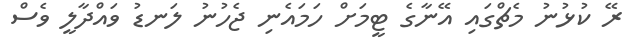
ރޭ ކުޅުނު މެޗްގައި އޭނާގެ ޓީމަށް ހަމައެނި ޖެހުނު ލަނޑު ވައްދާލީ ވެސް